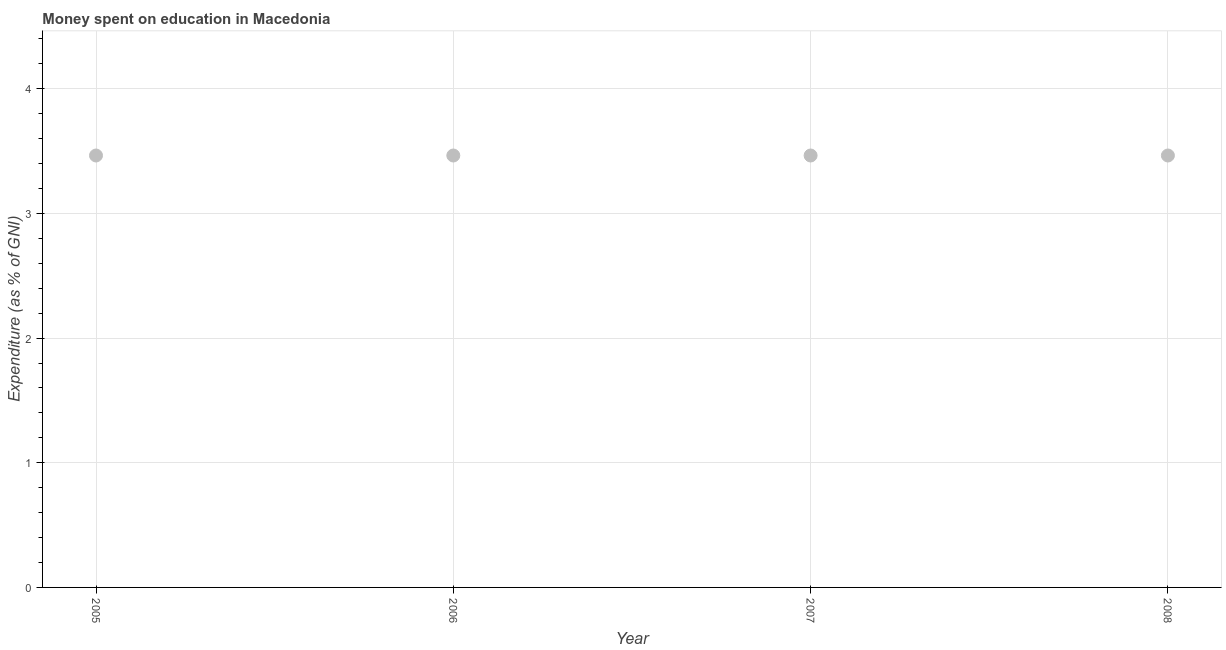
| Year | Education expenditure |
 | --- | --- |
 | 2005 | 3.46 |
 | 2006 | 3.46 |
 | 2007 | 3.46 |
 | 2008 | 3.46 |